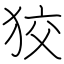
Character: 狡